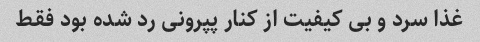
غذا سرد و بی کیفیت از کنار پپرونی رد شده بود فقط